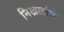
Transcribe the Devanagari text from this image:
निखलांजे